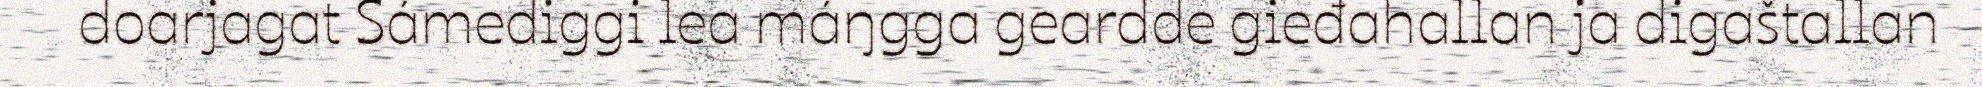
doarjagat Sámediggi lea máŋgga geardde gieđahallan ja digaštallan